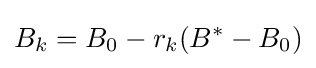
B_{k}=B_{0}-r_{k}(B^{*}-B_{0})